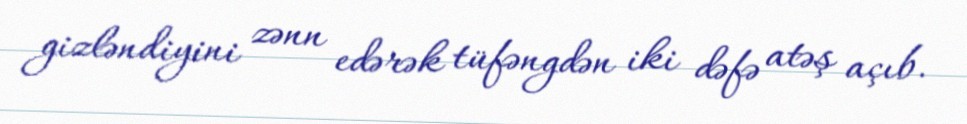
gizləndiyini zənn edərək tüfəngdən iki dəfə atəş açıb.